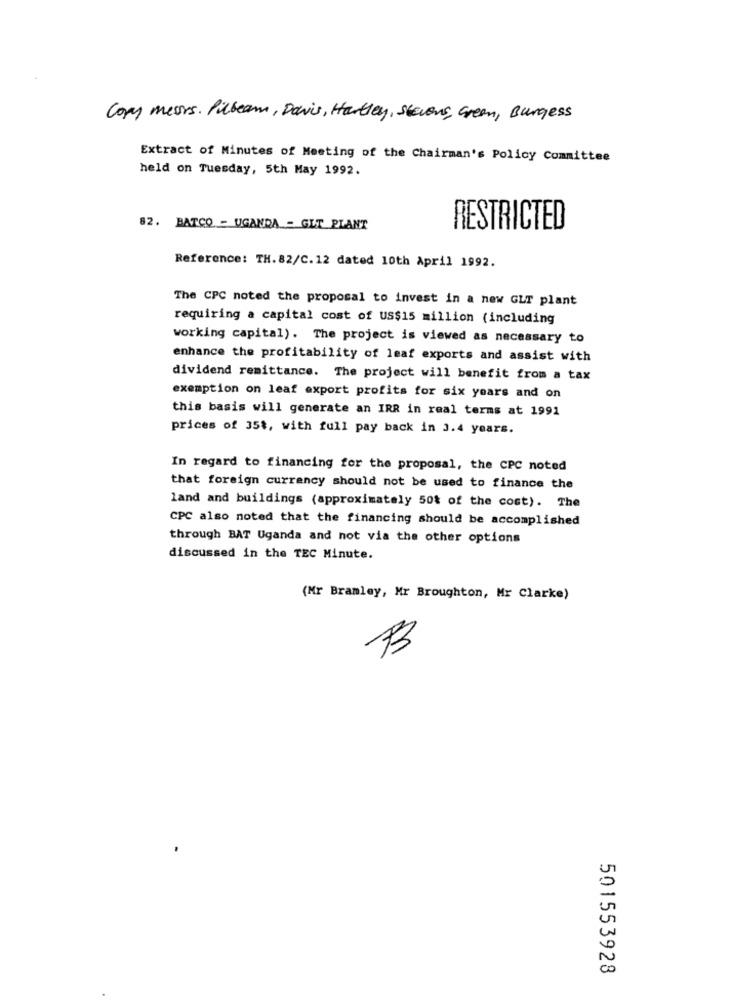
Copy mess. Pilbeam, Davis, Hartley, stevens, Green, Burgess
Extract of Minutes of Meeting of the Chairman's Policy Committee
held on Tuesday, 5th May 1992.
82. BATCO - UGANDA = GUT PLANT
RESTRICTED
Reference: TH. 82/C. 12 dated 10th April 1992.
The CPC noted the proposal to invest in a new GLT plant
requiring a capital cost of US$15 million (including
working capital). The project is viewed as necessary to
enhance the profitability of leaf exports and assist with
dividend remittance. The project will benefit from a tax
exemption on leaf export profits for six years and on
this basis will generate an IRR in real terms at 1991
prices of 35$, with full pay back in 3.4 years.
In regard to financing for the proposal, the CPC noted
that foreign currency should not be used to finance the
land and buildings (approximately 50% of the cost). The
CPC also noted that the financing should be accomplished
through BAT Uganda and not via the other options
discussed in the TEC Minute.
(Mr Bramley, Mr Broughton, Mr Clarke)
501553928